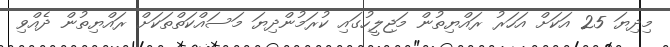
މިދިޔަ 25 އަކަށް އަހަރު ރައްޔިތުން މަޖިލީހުގައި ކުރަމުންދިޔަ މަސައްކަތްތަކަށް ރައްޔިތުން ދެއްވި